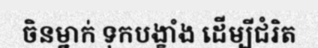
ចិនម្នាក់ ទុកបង្ខាំង ដើម្បីជំរិត